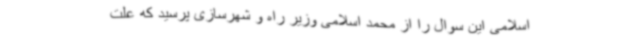
اسلامی این سوال را از محمد اسلامی وزیر راه و شهرسازی پرسید که علت